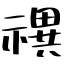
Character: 禩